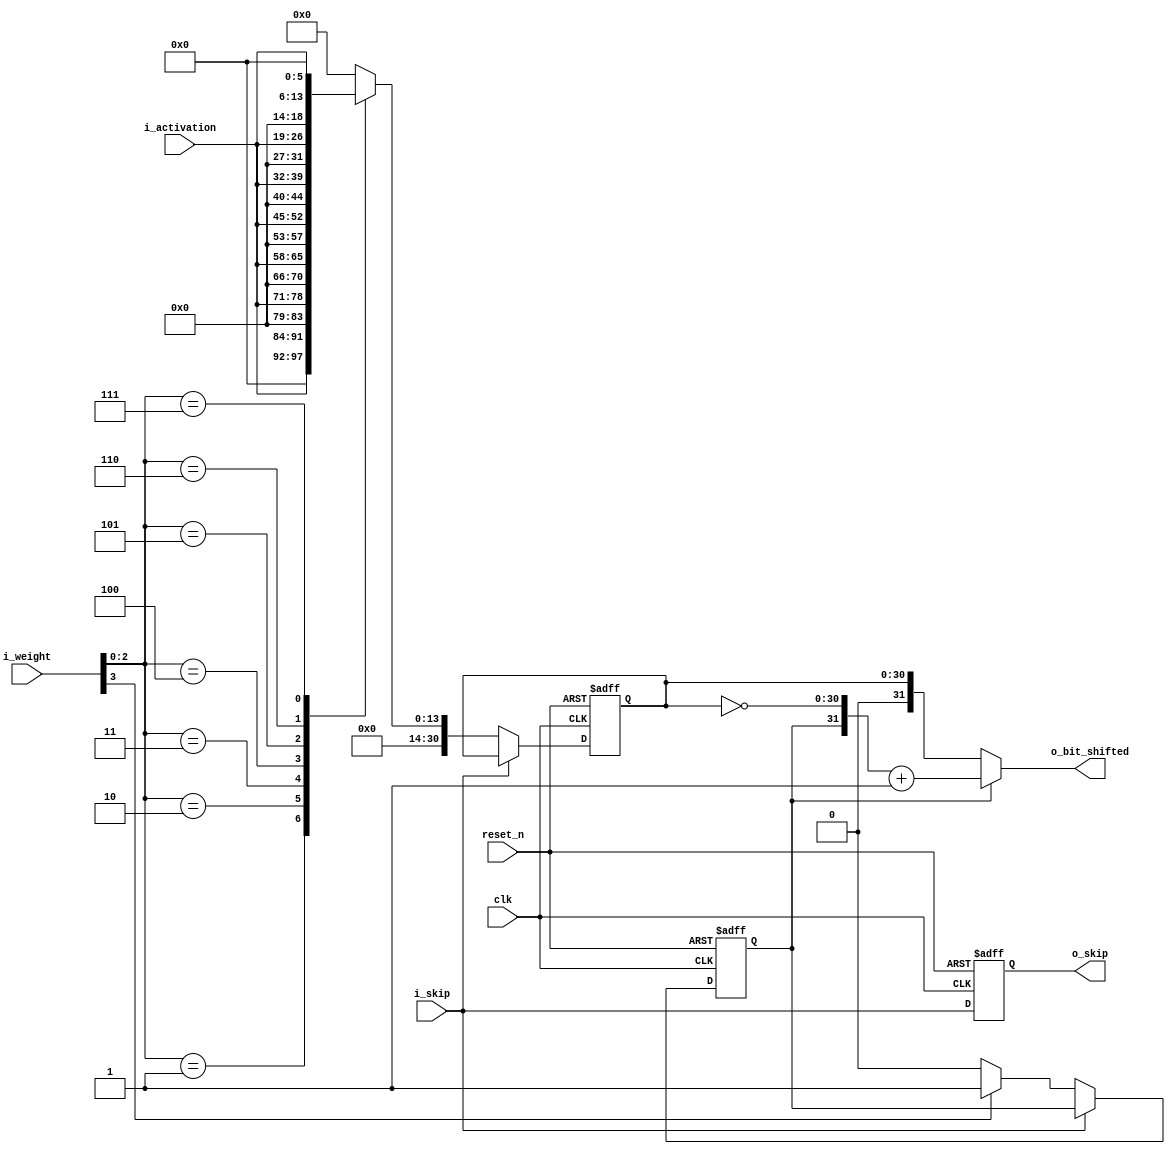
`timescale 1ns / 1ps
module bit_shifter(
   input         clk,
   input         reset_n,
   input         i_skip,
   input  [3:0]  i_weight,
   input  [7:0]  i_activation,
   output [31:0] o_bit_shifted,
   output        o_skip
);

reg [30:0] r_bit_shifted;
reg r_sign;
reg r_skip;

always @(posedge clk or negedge reset_n) begin

   if(!reset_n) begin
      r_bit_shifted <= 14'd0;
      r_sign        <=  1'd0;
      r_skip        <=  1'd0;
   end else begin
      r_skip        <= i_skip;

      if(i_skip) begin
         r_sign        <= r_sign;
         r_bit_shifted <= r_bit_shifted;
      end else begin
         case (i_weight [2:0]) // operate by i_weight excepting sign bit
            3'd1    : r_bit_shifted <= {23'd0, i_activation      };
            3'd2    : r_bit_shifted <= {22'd0, i_activation, 1'd0};
            3'd3    : r_bit_shifted <= {21'd0, i_activation, 2'd0};
            3'd4    : r_bit_shifted <= {20'd0, i_activation, 3'd0};
            3'd5    : r_bit_shifted <= {19'd0, i_activation, 4'd0};
            3'd6    : r_bit_shifted <= {18'd0, i_activation, 5'd0};
            3'd7    : r_bit_shifted <= {17'd0, i_activation, 6'd0};
            default : r_bit_shifted <= 31'd0;
         endcase

         r_sign <= (i_weight[3]) ? 1'd1 : 1'd0;
      end
   end
end

assign o_bit_shifted = (r_sign) ? {r_sign, ~(r_bit_shifted)} + 1'd1 : {r_sign, r_bit_shifted};
assign o_skip        = r_skip;

endmodule